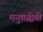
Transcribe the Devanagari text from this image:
मनुष्यद्वेषी